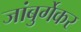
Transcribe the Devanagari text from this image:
जांबुर्गेकर